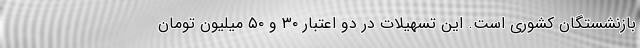
بازنشستگان کشوری است. این تسهیلات در دو اعتبار ۳۰ و ۵۰ میلیون تومان